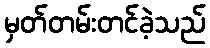
မှတ်တမ်းတင်ခဲ့သည်